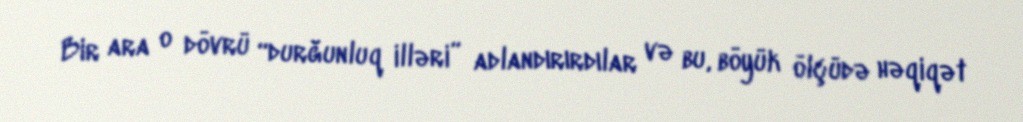
Bir ara o dövrü “durğunluq illəri” adlandırırdılar və bu, böyük ölçüdə həqiqət